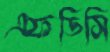
এফডিসি